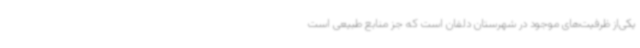
یکی‌از ظرفیت‌های موجود در شهرستان دلفان است که جز منابع طبیعی است